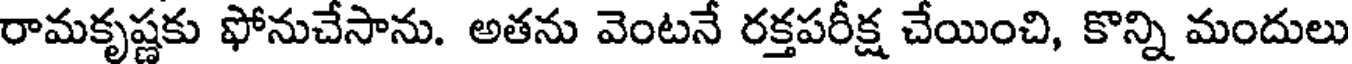
రామకృష్ణకు ఫోనుచేసాను. అతను వెంటనే రక్తపరీక్ష చేయించి, కొన్ని మందులు